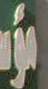
سوسة